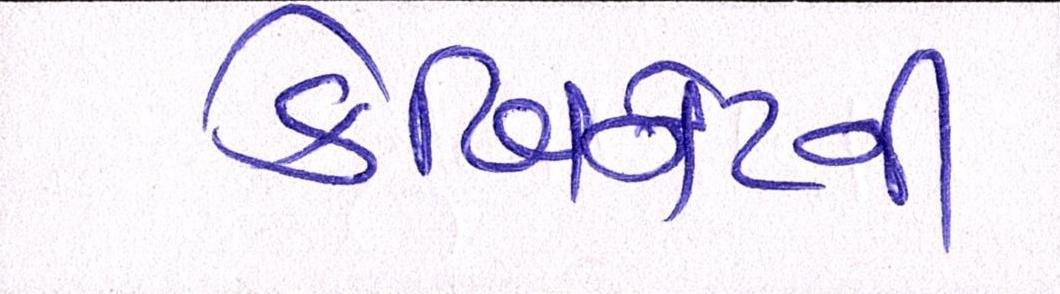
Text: કેબિનેટની